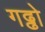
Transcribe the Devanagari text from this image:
गढ्ढो